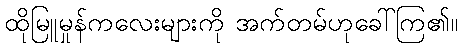
ထိုမြူမှုန်ကလေးများကို အက်တမ်ဟုခေါ်ကြ၏။